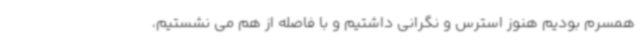
همسرم بودیم هنوز استرس و نگرانی داشتیم و با فاصله از هم می نشستیم،